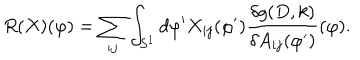
LaTeX: R ( X ) ( \varphi ) = \sum _ { i j } \int _ { S ^ { 1 } } d \varphi ^ { \prime } X _ { i j } ( \varphi ^ { \prime } ) \frac { \delta g ( D , k ) } { \delta A _ { i j } ( \varphi ^ { \prime } ) } ( \varphi ) .